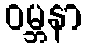
ဝမ္ဘနာ